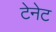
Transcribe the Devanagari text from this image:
टेनेट